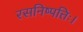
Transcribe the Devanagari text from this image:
रसनिष्पत्तिः।